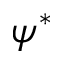
\psi ^ { * }